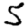
Digit: 5